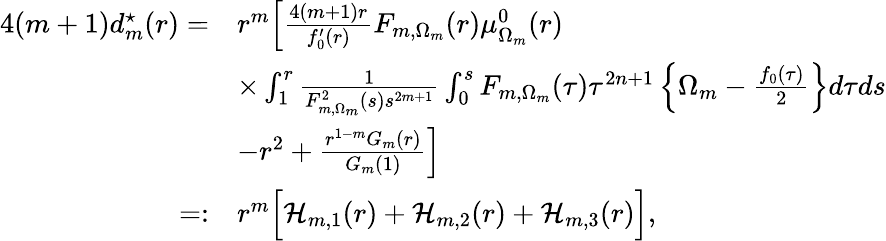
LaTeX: \begin{array}{rl}{4(m+1)d_{m}^{\star}(r)=}&{r^{m}\Big[\frac{4(m+1)r}{f_{0}^{\prime}(r)}F_{m,\Omega_{m}}(r)\mu_{\Omega_{m}}^{0}(r)}\\ &{\times\int_{1}^{r}\frac{1}{F_{m,\Omega_{m}}^{2}(s)s^{2m+1}}\int_{0}^{s}F_{m,\Omega_{m}}(\tau)\tau^{2n+1}\left\{ \Omega_{m}-\frac{f_{0}(\tau)}{2}\right\} d\tau ds}\\ &{-r^{2}+\frac{r^{1-m}G_{m}(r)}{G_{m}(1)}\Big]}\\ {=:}&{r^{m}\Big[\mathcal{H}_{m,1}(r)+\mathcal{H}_{m,2}(r)+\mathcal{H}_{m,3}(r)\Big],}\end{array}